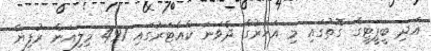
އަދި ބީޕީޓީގެ ގޮތުގައި މި އަހަރުގެ ދެވަނަ ކްއާޓަރުގައި 497 މިލިއަން ރުފިޔާ